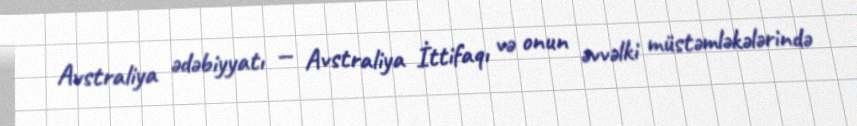
Avstraliya ədəbiyyatı — Avstraliya İttifaqı və onun əvvəlki müstəmləkələrində